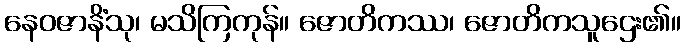
နေဝဇာနိံသု၊ မသိကြကုန်။ ဇောတိကဿ၊ ဇောတိကသူဌေး၏။